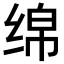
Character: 绵